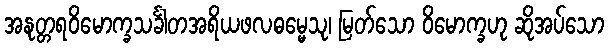
အနုတ္တရဝိမောက္ခသင်္ခါတအရိယဖလဓမ္မေသု၊ မြတ်သော ဝိမောက္ခဟု ဆိုအပ်သော